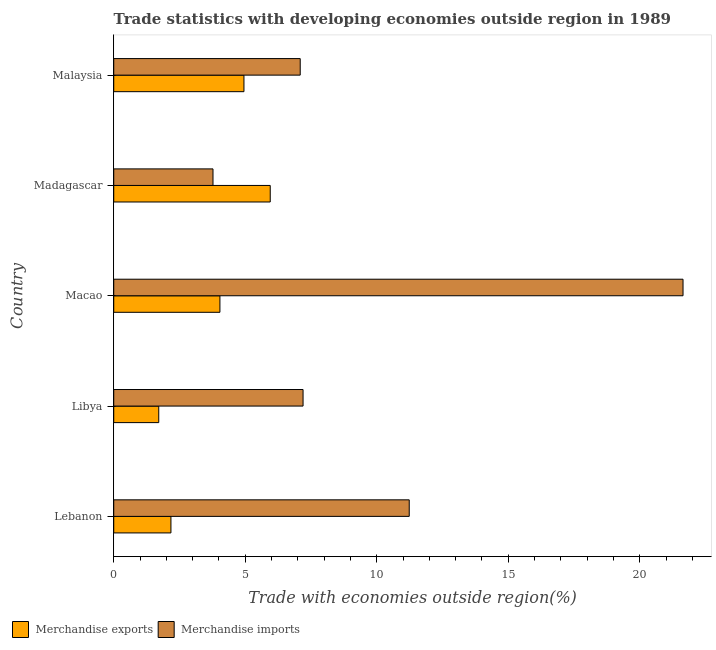
| Country | Merchandise exports | Merchandise imports |
 | --- | --- | --- |
 | Lebanon | 2.17 | 11.2 |
 | Libya | 1.71 | 7.2 |
 | Macao | 4.04 | 21.6 |
 | Madagascar | 5.95 | 3.77 |
 | Malaysia | 4.95 | 7.09 |